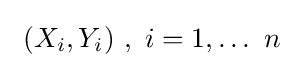
\ (X_{i},Y_{i})\ ,\ i=1,\ldots \ n\